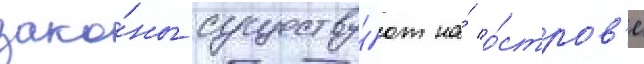
зако́ны существу́ют на́ о́стров'е